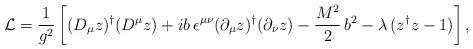
LaTeX: \begin{align*}{\cal L}=\frac{1}{g^2}\left[(D_\mu z)^\dagger (D^\mu z)+i b\,\epsilon^{\mu\nu}(\partial_\mu z)^\dagger (\partial_\nu z)-\frac{M^2}{2}\,b^2 -\lambda\,(z^\dagger z -1)\right],\end{align*}